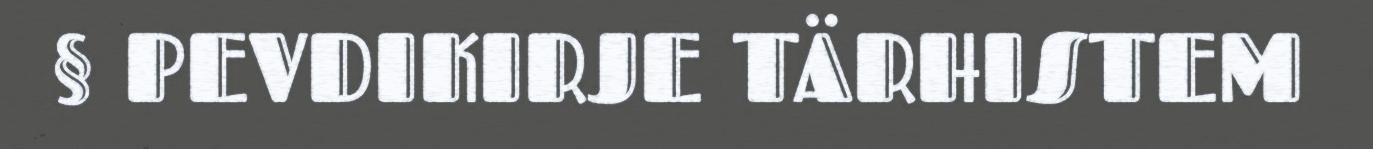
§ PEVDIKIRJE TÄRHISTEM